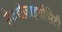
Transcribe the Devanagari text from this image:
हेटरोज़ाइगोसिटी